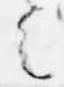
之